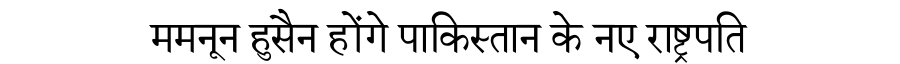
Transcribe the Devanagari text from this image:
ममनून हुसैन होंगे पाकिस्तान के नए राष्ट्रपति